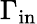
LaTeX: \Gamma_{\mathrm{in}}